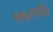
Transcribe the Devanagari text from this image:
१९७८पर्यंत